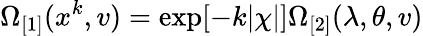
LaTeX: \Omega_{\lbrack 1]}(x^{k},v)=\exp[-k|\chi|]\Omega_{\lbrack 2]}(\lambda,\theta,v)